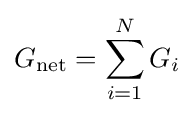
G_{\mathrm {net} }=\sum _{i=1}^{N}G_{i}\,\!